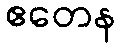
ဧတေန